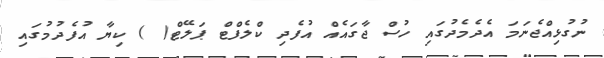
ނުގުޅިއްޖެނަމަ އެދެމެދުގައި ހުސް ޖާގައެއް އުފެދި ކްލެފްޓް ޕަލޭޓް( ) ކިޔާ އުފެދުމުގައި